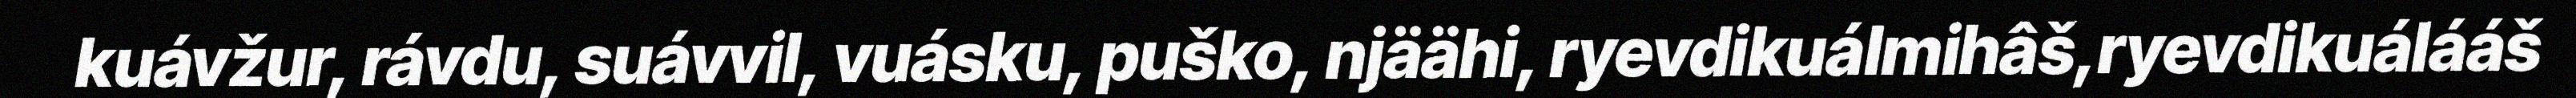
kuávžur, rávdu, suávvil, vuásku, puško, njäähi, ryevdikuálmihâš,ryevdikuálááš